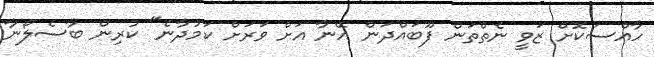
ހާއްސަކޮށް ޒަވީ ނެތްތަން ފޫބައްދަން އޭނާ އަށް ވަރަށް ކަމުދާނެ" ކުރިން ބާސެލޯނާ